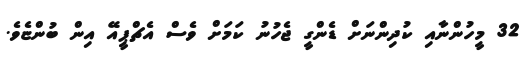
32 މީހުންނާއި ކުދިންނަށް ޑެންގީ ޖެހުނު ކަމަށް ވެސް އެޗްޕީއޭ އިން ބުންޏެވެ.